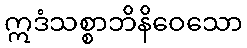
ဣဒံသစ္စာဘိနိဝေသော